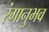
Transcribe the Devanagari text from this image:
रंगानुभव